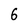
Character: 6